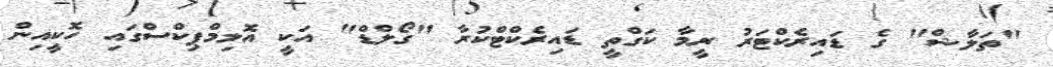
"ތަލާޝް" ގެ ޑައިރެކްޓަރު ރީމާ ކަގްތީ ޑައިރެކްޓްކުރާ "ގޯލްޑް" އަކީ އޮލިމްޕިކްސްގައި ހޮކީއިން